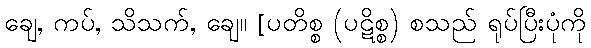
ချေ, ကပ်, သိသက်, ချေ။ [ပတိစ္စ (ပဋိစ္စ) စသည် ရုပ်ပြီးပုံကို